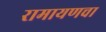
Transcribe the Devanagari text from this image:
रामायणचा